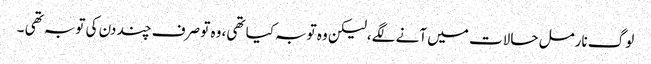
لوگ نارمل حالات میں آنے لگے،لیکن وہ توبہ کیا تھی، وہ تو صرف چند دن کی توبہ تھی ۔